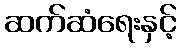
ဆက်ဆံရေးနှင့်